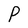
Character: P